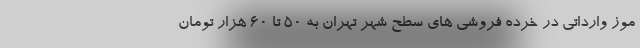
موز وارداتی در خرده فروشی های سطح شهر تهران به ۵۰ تا ۶۰ هزار تومان